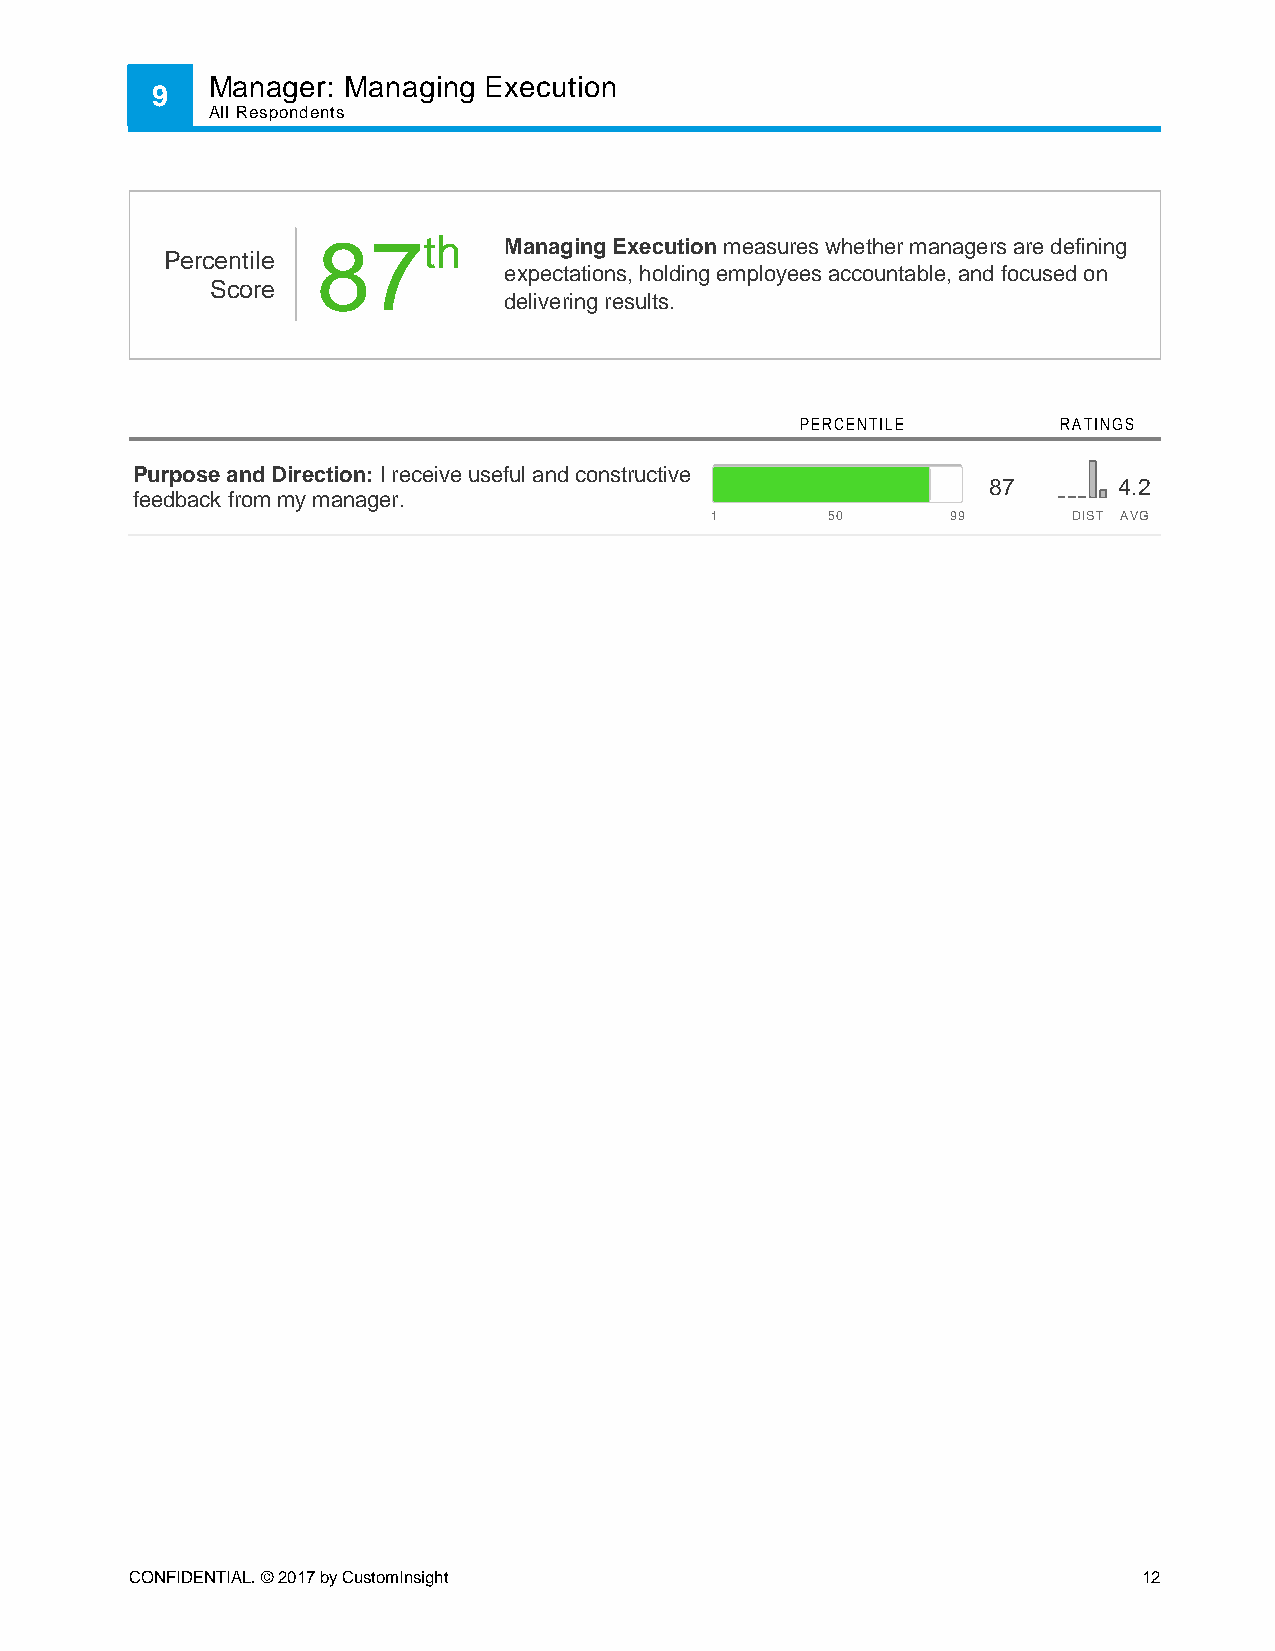
Manager: Managing Execution
 9
 All Respondents
 87th        Managing Execution measures whether managers are defining
 Percentile
 expectations, holding employees accountable, and focused on
 Score
 delivering results.
 PERCENTILE       RATINGS
 Purpose and Direction: I receive useful and constructive
 87       4.2
 feedback from my manager.
 1       50      99      DIST AVG
 CONFIDENTIAL. © 2017 by CustomInsight                              12